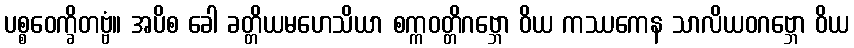
ပစ္စဝေက္ခိတဗ္ဗံ။ အပိစ ခေါ ခတ္တိယမဟေသိယာ စက္ကဝတ္တိဂဗ္ဘော ဝိယ ကဿကေန သာလိယဝဂဗ္ဘော ဝိယ